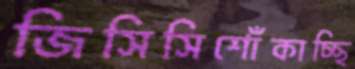
জিসিসিশোঁকাচ্ছি